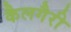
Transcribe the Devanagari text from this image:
कैलगैरी